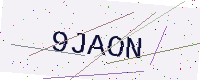
Text: 9JAON